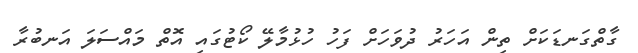
ގާތްގަނޑަކަށް ތިން އަހަރު ދުވަހަށް ފަހު ހުޅުމާލޭ ކޯޓުގައި އޮތް މައްސަލަ އަނބުރާ